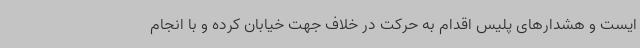
ایست و هشدارهای پلیس اقدام به حرکت در خلاف جهت خیابان کرده و با انجام